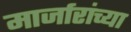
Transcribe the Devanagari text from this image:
मार्जारांच्या